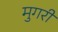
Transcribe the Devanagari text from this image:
मुगरी